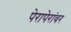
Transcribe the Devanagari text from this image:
पेरापेरांवर